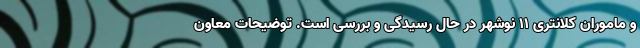
و ماموران کلانتری ۱۱ نوشهر در حال رسیدگی و بررسی است. توضیحات معاون